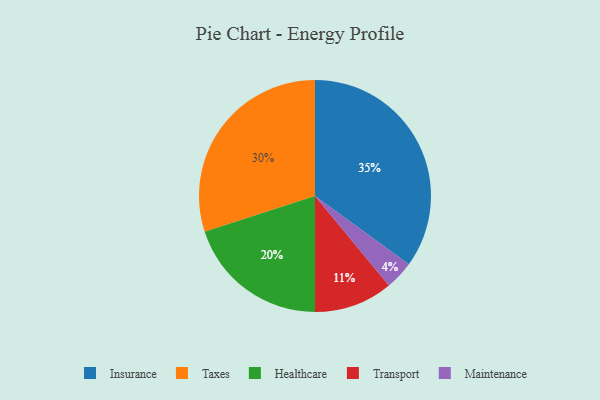
{"axis": {"x": "Category", "y": "Percentage"}, "legend": ["Healthcare", "Insurance", "Maintenance", "Taxes", "Transport"], "data": [{"x": "Transport", "y": 11, "type": "Transport"}, {"x": "Maintenance", "y": 4, "type": "Maintenance"}, {"x": "Healthcare", "y": 20, "type": "Healthcare"}, {"x": "Taxes", "y": 30, "type": "Taxes"}, {"x": "Insurance", "y": 35, "type": "Insurance"}]}